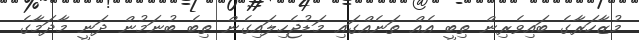
މުޒާހަރާގެ ބައިވެރިން ތިބީ އެއް ތަނެއްގައި މަޑުޖެހިލައިގެން ތިބެ ބުނަމުން ދަނީ މާދަމާގެ